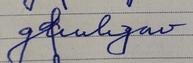
Signature authenticity: forged